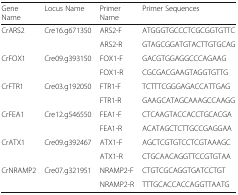
<table><thead><tr><td><b>Gene Name</b></td><td><b>Locus Name</b></td><td><b>Primer Name</b></td><td><b>Primer Sequences</b></td></tr></thead><tbody><tr><td rowspan="2">CrARS2</td><td rowspan="2">Cre16.g671350</td><td>ARS2-F</td><td>ATGGGTGCCCTCGCGGTGTTC</td></tr><tr><td>ARS2-R</td><td>GTAGCGGATGTACTTGTGCAG</td></tr><tr><td rowspan="2">CrFOX1</td><td rowspan="2">Cre09.g393150</td><td>FOX1-F</td><td>GACGTGGAGGCCCAGAAG</td></tr><tr><td>FOX1-R</td><td>CGCGACGAAGTAGGTGTTG</td></tr><tr><td rowspan="2">CrFTR1</td><td rowspan="2">Cre03.g192050</td><td>FTR1-F</td><td>TCTTTCGGGAGACCATTGAG</td></tr><tr><td>FTR1-R</td><td>GAAGCATAGCAAAGCCAAGG</td></tr><tr><td rowspan="2">CrFEA1</td><td rowspan="2">Cre12.g546550</td><td>FEA1-F</td><td>CTCAAGTACCACCTGCACGA</td></tr><tr><td>FEA1-R</td><td>ACATAGCTCTTGCCGAGGAA</td></tr><tr><td rowspan="2">CrATX1</td><td rowspan="2">Cre09.g392467</td><td>ATX1-F</td><td>AGCTCGTGTCCTCGTAAAGC</td></tr><tr><td>ATX1-R</td><td>CTGCAACAGGTTCCGTGTAA</td></tr><tr><td rowspan="2">CrNRAMP2</td><td rowspan="2">Cre07.g321951</td><td>NRAMP2-F</td><td>CTGTCGCAGGTGATCCTGT</td></tr><tr><td>NRAMP2-R</td><td>TTTGCACCACCAGGTTAATG</td></tr></tbody></table>